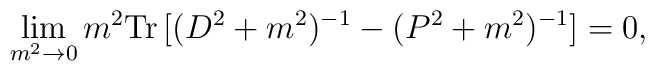
\lim_{m^2 \to 0} m^2 \mbox{Tr}\,[ (D^2 + m^2)^{-1} - (P^2 + m^2)^{-1} ]= 0,